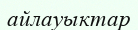
айлауыктар